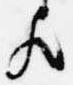
歟